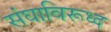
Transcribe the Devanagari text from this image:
संघाविरूध्द